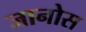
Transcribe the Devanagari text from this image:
जानोस